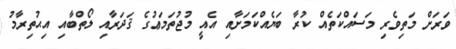
ވަރަށް މަތިވެރި މަސައްކަތެއް ކުރާ ބަޔެއްކަމަށާއި އެއީ މުޖުތަމަޢުގެ ޤަދަރާއި ލޯތްބާއި އިޙުތިރާމު